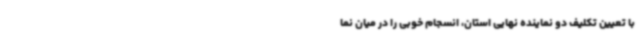
با تعیین تکلیف دو نماینده نهایی استان، انسجام خوبی را در میان نما